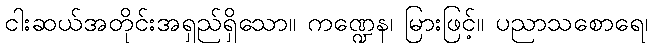
ငါးဆယ်အတိုင်းအရှည်ရှိသော။ ကဏ္ဍေန၊ မြားဖြင့်။ ပညာသစောရေ၊